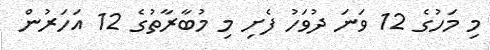
މި މަހުގެ 12 ވަނަ ދުވަހު ފެށި މި މުބާރާތުގެ 12 އަހަރުން